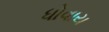
ધોવાય